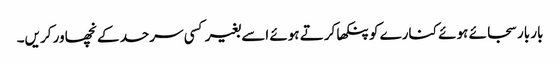
بار بار سجائے ہوئے کنارے کو پنکھا کرتے ہوئے اسے بغیر کسی سرحد کے نچھاور کریں۔